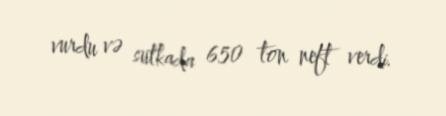
vurdu və sutkada 650 ton neft verdi.